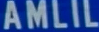
AMLIL